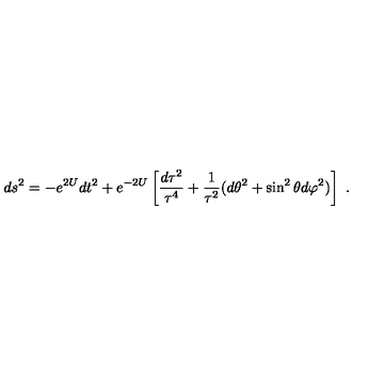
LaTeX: d s ^ { 2 } = - e ^ { 2 U } d t ^ { 2 } + e ^ { - 2 U } \left[ { \frac { d \tau ^ { 2 } } { \tau ^ { 4 } } } + { \frac { 1 } { \tau ^ { 2 } } } ( d \theta ^ { 2 } + \sin ^ { 2 } \theta d \varphi ^ { 2 } ) \right] \ .